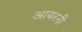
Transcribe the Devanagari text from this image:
आयरनी